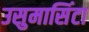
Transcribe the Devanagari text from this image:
उसुमासिंटा